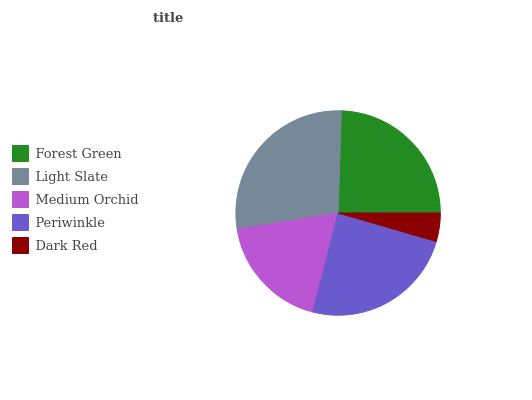
| Forest Green | Light Slate | Medium Orchid | Periwinkle | Dark Red |
 | --- | --- | --- | --- | --- |
 | 24.5% | 28% | 18.5% | 24.5% | 4.5% |